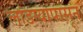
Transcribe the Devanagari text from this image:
लांडग्यापासून